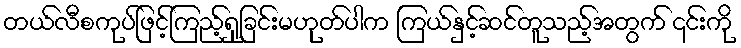
တယ်လီစကုပ်ဖြင့်ကြည့်ရှုခြင်းမဟုတ်ပါက ကြယ်နှင့်ဆင်တူသည့်အတွက် ၎င်းကို